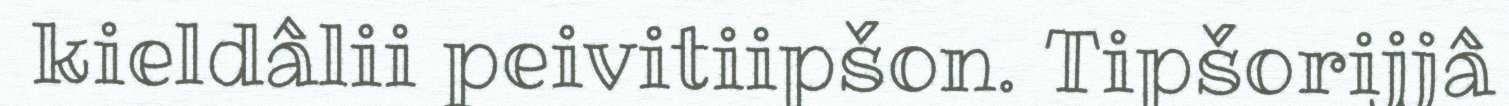
kieldâlii peivitiipšon. Tipšorijjâ